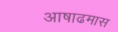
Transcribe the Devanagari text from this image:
अाषाढमास